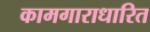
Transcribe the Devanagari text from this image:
कामगाराधारित